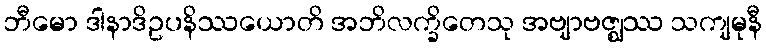
ဘီမော ဒါနာဒိဥပနိဿယောတိ အဘိလက္ခိတေသု အဗျာဗဇ္ဈဿ သကျမုနီ